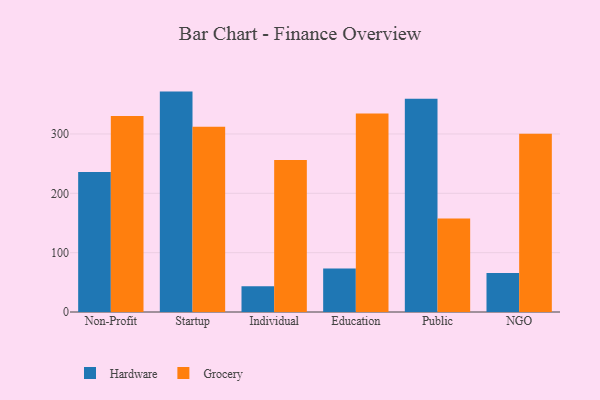
{"axis": {"x": "Segment", "y": "Temperature (°C)"}, "legend": ["Grocery", "Hardware"], "data": [{"x": "Non-Profit", "y": 235.9, "type": "Hardware"}, {"x": "Non-Profit", "y": 330.1, "type": "Grocery"}, {"x": "Startup", "y": 371.4, "type": "Hardware"}, {"x": "Startup", "y": 312.0, "type": "Grocery"}, {"x": "Individual", "y": 43.3, "type": "Hardware"}, {"x": "Individual", "y": 256.3, "type": "Grocery"}, {"x": "Education", "y": 73.3, "type": "Hardware"}, {"x": "Education", "y": 334.5, "type": "Grocery"}, {"x": "Public", "y": 359.5, "type": "Hardware"}, {"x": "Public", "y": 157.7, "type": "Grocery"}, {"x": "NGO", "y": 65.9, "type": "Hardware"}, {"x": "NGO", "y": 300.3, "type": "Grocery"}]}